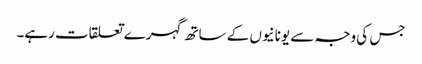
جس کی وجہ سے یونانیوں کے ساتھ گہرے تعلقات رہے۔